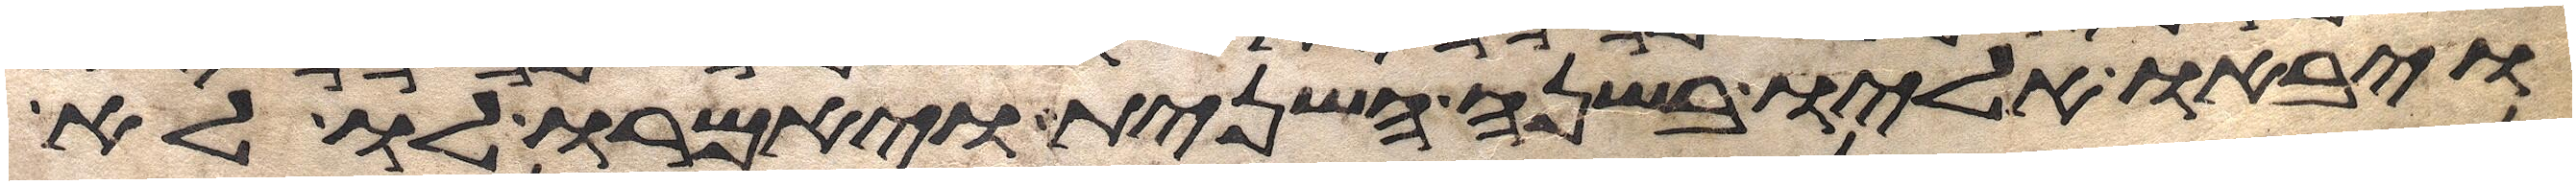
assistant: ויבאו אליו בשנה השנית ויאמרו לו לא